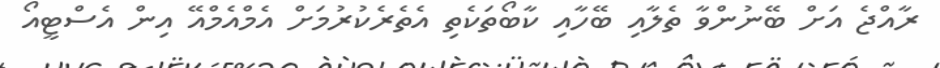
ރާއްޖެ އަށް ބޭނުންވާ ތެލާއި ބޭހާއި ކާބޯތަކެތި އެތެރެކުރުމަށް އެމްއެމްއޭ އިން އެސްޓީއޯ